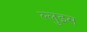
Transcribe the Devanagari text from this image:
ल्लुइस